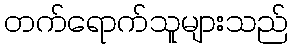
တက်ရောက်သူများသည်